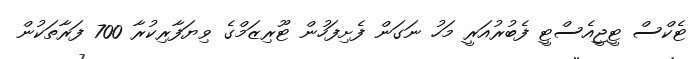
ޓެކްސް ޓީޖީއެސްޓީ ފެބުރުއަރީ މަހު ނަގަން ފެށިފަހުން ޓޫރިޒަމްގެ ވިޔަފާރިކުރާ 700 ފަރާތަކުން